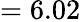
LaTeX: =6.02